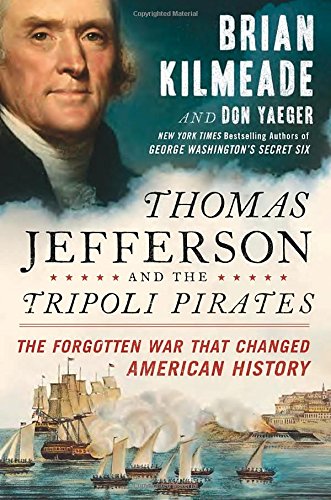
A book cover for Thomas Jefferson and the Tripoli Pirates: The Forgotten War That Changed American History; Brian Kilmeade; History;